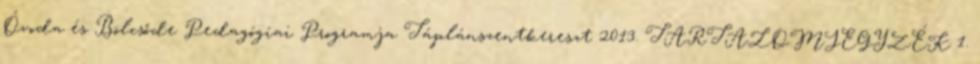
Óvoda és Bölcsőde Pedagógiai Programja Táplánszentkereszt 2013. TARTALOMJEGYZÉK 1.